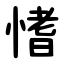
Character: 愭